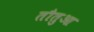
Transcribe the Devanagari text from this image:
तौतुआ